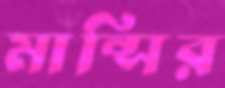
মান্সির